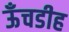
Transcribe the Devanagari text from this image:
ऊँचडीह